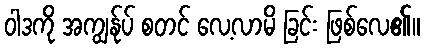
ဝါဒကို အကျွန်ုပ် စတင် လေ့လာမိ ခြင်း ဖြစ်လေ၏။